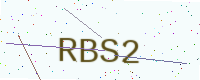
Text: RBS2